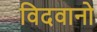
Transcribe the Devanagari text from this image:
विदवानो